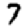
Digit: 7